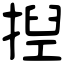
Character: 揑